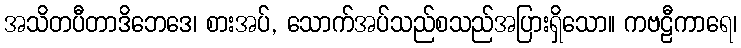
အသိတပီတာဒိဘေဒေ၊ စားအပ်, သောက်အပ်သည်စသည်အပြားရှိသော။ ကဗဠီကာရေ၊